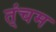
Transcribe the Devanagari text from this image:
त्ंचम